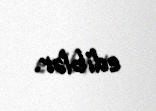
ediblər.